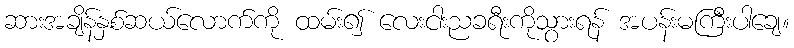
ဆားအချိန်နှစ်ဆယ်လောက်ကို ထမ်း၍ လေးငါးညခရီးကိုသွားရန် အပန်းမကြီးပါချေ။